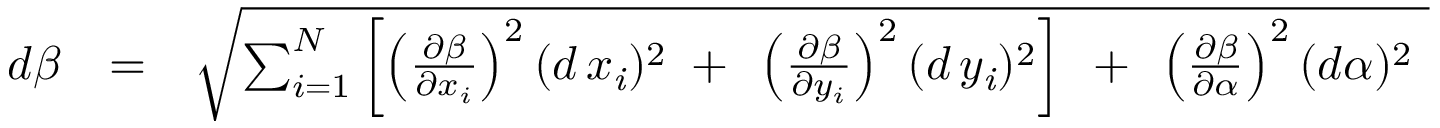
\begin{array} { r l r } { d \beta } & { = } & { \sqrt { \sum _ { i = 1 } ^ { N } \left[ \left( { \frac { \partial \beta } { \partial \/ x _ { i } } } \right) ^ { 2 } ( d \, x _ { \it \/ i } ) ^ { 2 } \mathrm { \, ~ + ~ \, } \left( { \frac { \partial \beta } { \partial \/ y _ { i } } } \right) ^ { 2 } ( d \, y _ { \it \/ i } ) ^ { 2 } \right] \mathrm { \, ~ + ~ \, } \left( { \frac { \partial \beta } { \partial \alpha } } \right) ^ { 2 } ( d \alpha ) ^ { 2 } \ } } \end{array}